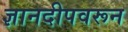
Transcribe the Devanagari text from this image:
ज्ञानदीपवरून